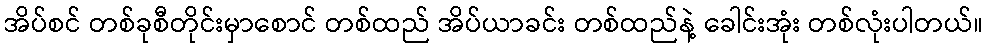
အိပ်စင် တစ်ခုစီတိုင်းမှာစောင် တစ်ထည် အိပ်ယာခင်း တစ်ထည်နဲ့ ခေါင်းအုံး တစ်လုံးပါတယ်။